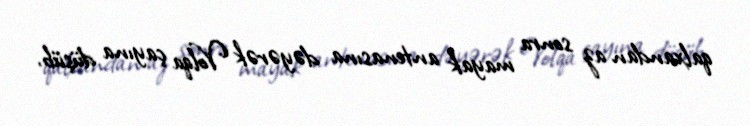
qalxandan az sonra mayak antenasına dəyərək Volqa çayına düşüb.